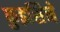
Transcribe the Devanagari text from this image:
कुइसिने